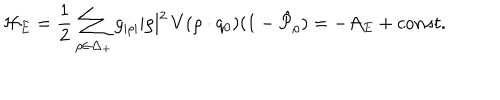
{ \cal H } _ { E } = { \frac { 1 } { 2 } } \sum _ { \rho \in \Delta _ { + } } g _ { | \rho | } | \rho | ^ { 2 } \, V ( \rho \cdot q _ { 0 } ) ( 1 - \hat { \cal P } _ { \rho } ) = - { \cal A } _ { E } + c o n s t .